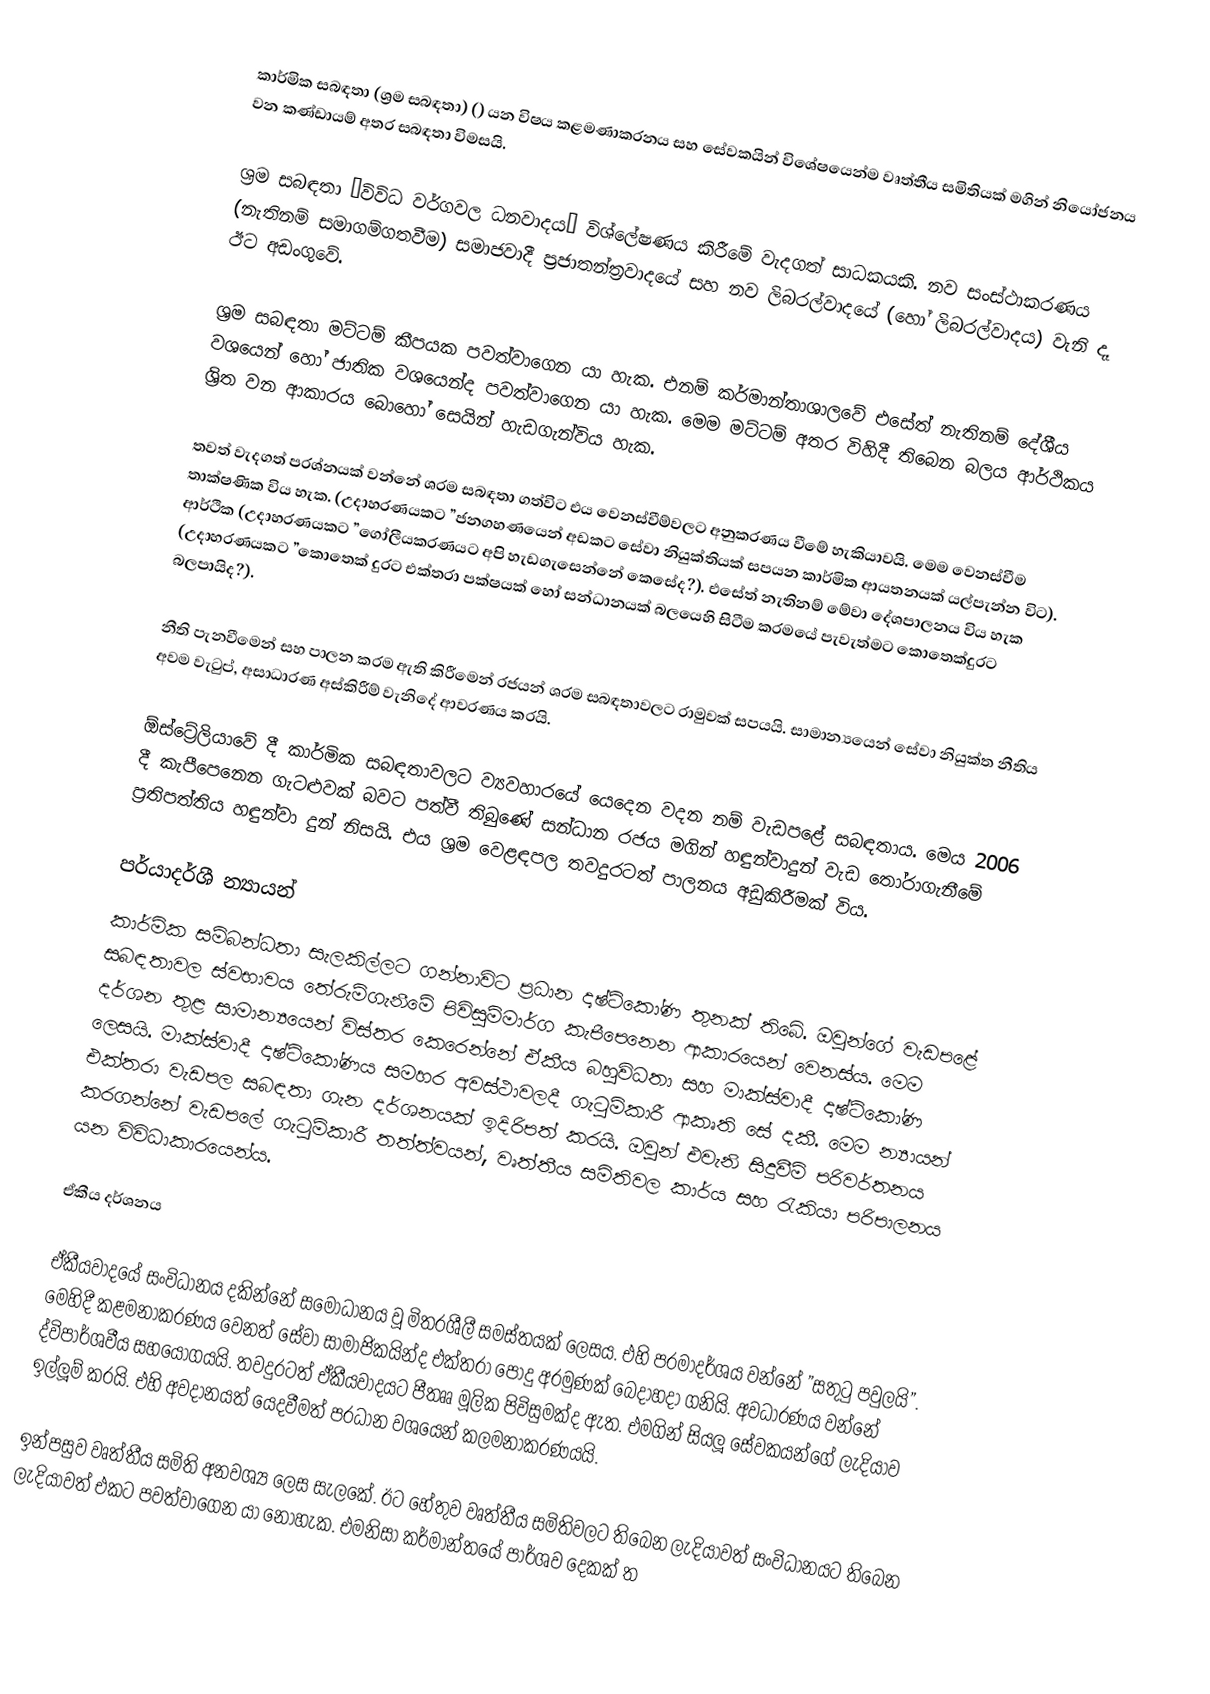
කාර්මික සබඳතා (ශ්‍රම සබඳතා) () යන විෂය කළමණාකරනය සහ සේවකයින් විශේෂයෙන්ම වෘත්තීය සමිතියක් මගින් නියෝජනය වන කණ්ඩායම් අතර සබඳතා විමසයි.

ශ‍්‍රම සබඳතා ”විවිධ වර්ගවල ධනවාදය” විශ්ලේෂණය කිරීමේ වැදගත් සාධකයකි. නව සංස්ථාකරණය (නැතිනම් සමාගම්ගතවීම) සමාජවාදී ප‍්‍රජාතන්ත‍්‍රවාදයේ සහ නව ලිබරල්වාදයේ (හෝ ලිබරල්වාදය) වැනි දෑ ඊට අඩංගුවේ.

ශ‍්‍රම සබඳතා මට්ටම් කීපයක පවත්වාගෙන යා හැක. එනම් කර්මාන්තාශාලවේ එසේත් නැතිනම් දේශීය වශයෙන් හෝ ජාතික වශයෙන්ද පවත්වාගෙන යා හැක. මෙම මට්ටම් අතර විහිදී තිබෙන බලය ආර්ථිකය ශ‍්‍රිත වන ආකාරය බොහෝ සෙයින් හැඩගැන්විය හැක.

තවත් වැදගත් ප‍්‍රශ්නයක් වන්නේ ශ‍්‍රම සබඳතා ගත්විට එය වෙනස්වීම්වලට අනුකරණය වීමේ හැකියාවයි. මෙම වෙනස්වීම තාක්ෂණික විය හැක. (උදාහරණයකට ”ජනගහණයෙන් අඩකට සේවා නියුක්තියක් සපයන කාර්මික ආයතනයක් යල්පැන්න විට). ආර්ථික (උදාහරණයකට ”ගෝලීයකරණයට අපි හැඩගැසෙන්නේ කෙසේද?). එසේත් නැතිනම් මේවා දේශපාලනය විය හැක (උදාහරණයකට ”කොතෙක් දුරට එක්තරා පක්ෂයක් හෝ සන්ධානයක් බලයෙහි සිටීම ක‍්‍රමයේ පැවැත්මට කොතෙක්දුරට බලපායිද?).

නීති පැනවීමෙන් සහ පාලන ක‍්‍රම ඇති කිරීමෙන් රජයන් ශ‍්‍රම සබඳතාවලට රාමුවක් සපයයි. සාමාන්‍යයෙන් සේවා නියුක්ත නීතිය අවම වැටුප්, අසාධාරණ අස්කිරීම් වැනිදේ ආවරණය කරයි.

ඕස්ට්‍රේලියාවේ දී කාර්මික සබඳතාවලට ව්‍යවහාරයේ යෙදෙන වදන නම් වැඩපළේ සබඳතාය. මෙය 2006 දී කැපීපෙනෙන ගැටළුවක් බවට පත්වී තිබුණේ සන්ධාන රජය මගින් හඳුන්වාදුන් වැඩ තෝරාගැනීමේ ප‍්‍රතිපත්තිය හඳුන්වා දුන් නිසයි. එය ශ‍්‍රම වෙළඳපල තවදුරටත් පාලනය අඩුකිරීමක් විය.

පර්යාදර්ශී න්‍යායන්
කාර්මික සම්බන්ධතා සැලකිල්ලට ගන්නාවිට ප‍්‍රධාන දෘෂ්ටිකෝණ තුනක් තිබේ. ඔවුන්ගේ වැඩපළේ සබඳතාවල ස්වභාවය තේරුම්ගැනීමේ පිවිසුම්මාර්ග කැපීපෙනෙන ආකාරයෙන් වෙනස්ය. මෙම දර්ශන තුළ සාමාන්‍යයෙන් විස්තර කෙරෙන්නේ ඒකීය බහුවිධතා සහ මාක්ස්වාදී දෘෂ්ටිකෝණ ලෙසයි. මාක්ස්වාදී දෘෂ්ටිකෝණය සමහර අවස්ථාවලදී ගැටුම්කාරී ආකෘති සේ දකී.  මෙම න්‍යායන් එක්තරා වැඩපල සබඳතා ගැන දර්ශනයක් ඉදිරිපත් කරයි. ඔවුන් එවැනි සිදුවීම් පරිවර්තනය කරගන්නේ වැඩපලේ ගැටුම්කාරී තත්ත්වයන්, වෘත්තීය සමිතිවල කාර්ය සහ රැකියා පරිපාලනය යන විවිධාකාරයෙන්ය.

ඒකීය දර්ශනය

ඒකීයවාදයේ සංවිධානය දකින්නේ සමෝධානය වූ මිත‍්‍රශීලී සමස්තයක් ලෙසය. එහි පරමාදර්ශය වන්නේ ”සතුටු පවුලයි”. මෙහිදී කළමනාකරණය වෙනත් සේවා සාමාජිකයින්ද එක්තරා පොදු අරමුණක් බෙදාහදා ගනියි. අවධාරණය වන්නේ ද්විපාර්ශවීය සහයෝගයයි. තවදුරටත් ඒකීයවාදයට පීතෲ මූලික පිවිසුමක්ද ඇත. එමගින් සියලූ සේවකයන්ගේ ලැදියාව ඉල්ලූම් කරයි. එහි අවදානයත් යෙදවීමත් ප‍්‍රධාන වශයෙන් කලමනාකරණයයි.

ඉන්පසුව වෘත්තීය සමිති අනවශ්‍ය ලෙස සැලකේ. ඊට හේතුව වෘත්තීය සමිතිවලට තිබෙන ලැදියාවත් සංවිධානයට තිබෙන ලැදියාවත් එකට පවත්වාගෙන යා නොහැක. එමනිසා කර්මාන්තයේ පාර්ශව දෙකක් ත